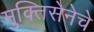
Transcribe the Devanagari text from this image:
मुक्तिसेनेचे